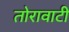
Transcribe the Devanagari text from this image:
तोरावाटी